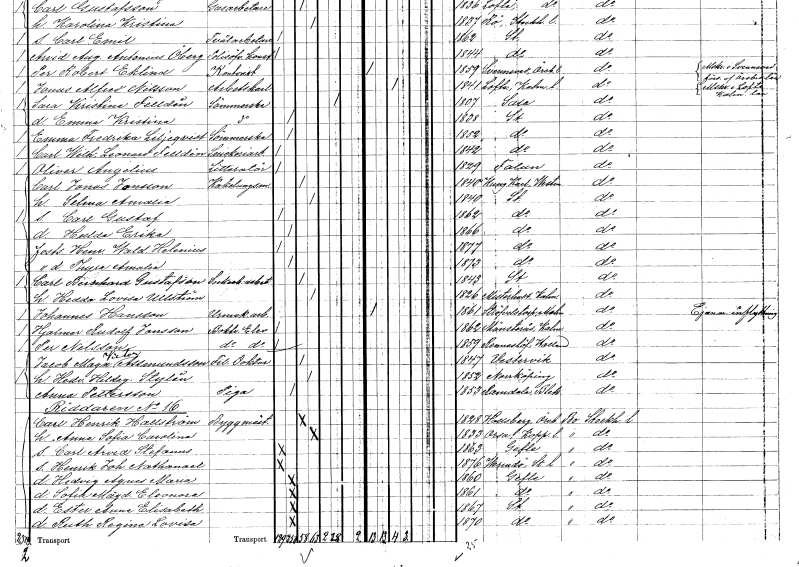
gt_parse: households: individuals: FN: Selma Amalia
KON: K
CIV: G
FODAR: 1840
FODFORS: Stockholm
FN: Carl Gustaf
KON: M
CIV: O
FODAR: 1862
FODFORS: Stockholm
FN: Hulda Erika
KON: K
CIV: O
FODAR: 1866
FODFORS: Stockholm
FN: Henrik Waldemar
EN: Helenius
KON: M
CIV: O
FODAR: 1877
FODFORS: Stockholm
FN: Thyra Amalia
KON: K
CIV: O
FODAR: 1873
FODFORS: Stockholm
FN: Carl Bernhard
EN: Gustafson
YRKE: Sockerbruksarbetare
KON: M
CIV: G
FODAR: 1843
FODFORS: Stockholm
FN: Hedda Lovisa
EN: Ullström
KON: K
CIV: G
FODAR: 1826
FODFORS: Misterhult Kalmar län
FN: Johannes
EN: Hansson
YRKE: Urmakeriarbetare
KON: M
CIV: O
FODAR: 1861
FODFORS: Strövelstorp Kristianstads län
FN: Hjalmar Rudolf
EN: Jonsson
YRKE: Boktryckerielev
KON: M
CIV: O
FODAR: 1862
FODFORS: Mönsterås Kalmar län
FN: Per
EN: Nilsson
YRKE: Boktryckerielev
KON: M
CIV: O
FODAR: 1859
FODFORS: Ränneslöv Hallands län
FN: Jacob Magnus Victor
EN: Assmundsson
YRKE: Fil. doktor
KON: M
CIV: G
FODAR: 1847
FODFORS: Västervik Kalmar län
FN: Hedvig Hildegard
EN: Stylin
KON: K
CIV: G
FODAR: 1852
FODFORS: Norrköping Östergötlands län
FN: Anna
EN: Pettersson
YRKE: Piga
KON: K
CIV: O
FODAR: 1853
FODFORS: Ramdala Blekinge län
FN: Carl Henrik
EN: Hallström
YRKE: Byggmästare
KON: M
CIV: G
FODAR: 1828
FODFORS: Hallsberg Örebro län
FN: Anna Sofia Carolina
KON: K
CIV: G
FODAR: 1833
FODFORS: Orsa Kopparbergs län
FN: Carl Arvid Stefanus
KON: M
CIV: O
FODAR: 1863
FODFORS: Gävle Gävleborgs län
FN: Henrik Johannes Nathanael
KON: M
CIV: O
FODAR: 1876
FODFORS: Värmdö Stockholms län
FN: Hedvig Agnes Maria
KON: K
CIV: O
FODAR: 1860
FODFORS: Gävle Gävleborgs län
FN: Sofia Magdalena Eleonora
KON: K
CIV: O
FODAR: 1861
FODFORS: Gävle Gävleborgs län
FN: Ester Anna Elisabeth
KON: K
CIV: O
FODAR: 1867
FODFORS: Stockholm
FN: Ruth Regina Lovisa
KON: K
CIV: O
FODAR: 1870
FODFORS: Stockholm